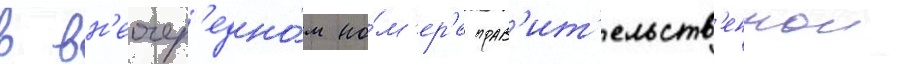
в вн'еочер'едно́м но́м'ер'е прав'ит'ельств'еннои